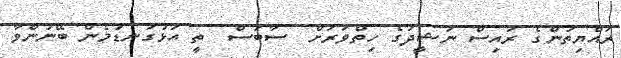
ރައްޔިތުންގެ ރައިސް ނަޝީދުގެ ހިތްވަރަށް  ސާބަސް  ތީ އަޅުގަނޑުމެން ބޭނުންވާ